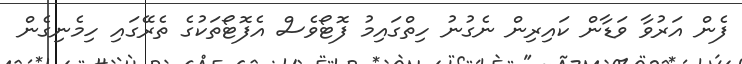
ފެން އަރުވާ ވަޑާން ކައިރިން ނެގުނު ހިތްގައިމު ފޮޓޯވެސް އެފޮޓޯތަކުގެ ތެރޭގައި ހިމެނިގެން